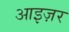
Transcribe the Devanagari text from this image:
आइज़र